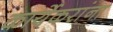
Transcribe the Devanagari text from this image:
कार्येकरांना